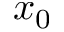
x _ { 0 }